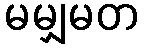
မမျှမတ